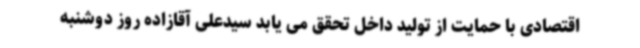
اقتصادی با حمایت از تولید داخل تحقق می یابد سیدعلی آقازاده روز دوشنبه